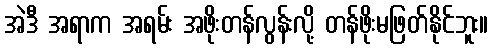
အဲဒီ အရာက အရမ်း အဖိုးတန်လွန်းလို့ တန်ဖိုးမဖြတ်နိုင်ဘူး။